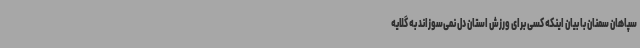
سپاهان سمنان با بیان اینکه کسی برای ورزش استان دل نمی‌سوزاند به گلایه